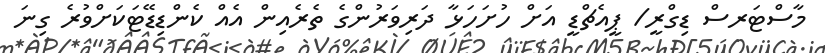
މާސްޓަރސް ޑިގްރީ/ ޕީއެޗްޑީ އަށް ހުށަހަޅާ ދަރިވަރުންގެ ތެރެއިން އެއް ކެންޑިޑޭޓަކަށްވުރެ ގިނަ